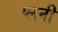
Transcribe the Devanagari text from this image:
प्लनी